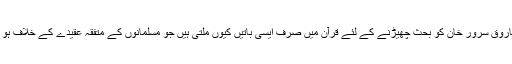
فاروق سرور خان کو بحث چھیڑنے کے لئے قرآن میں صرف ایسی باتیں کیوں ملتی ہیں جو مسلمانوں کے متفقہ عقیدے کے خلاف ہو ؟